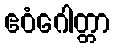
ဧဝံဂေါတ္တာ